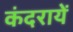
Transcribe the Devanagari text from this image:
कंदरायें